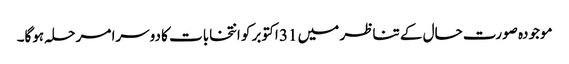
موجودہ صورت حال کے تناظر میں 31 اکتوبر کو انتخابات کا دوسرا مرحلہ ہوگا۔